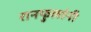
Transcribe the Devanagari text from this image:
रानफुलांनी